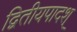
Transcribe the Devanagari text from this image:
द्वितीयपादश्